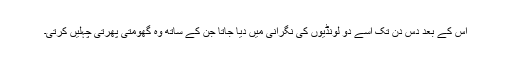
اس کے بعد دس دن تک اسے دو لونڈیوں کی نگرانی میں دیا جاتا جن کے ساتھ وہ گھومتی پھرتی چہلیں کرتی۔